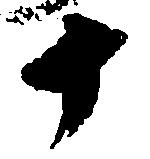
十